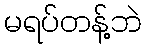
မရပ်တန့်ဘဲ